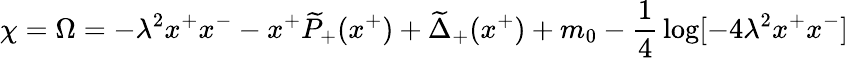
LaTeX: \chi=\Omega=-\lambda^{2}x^{+}x^{-}-x^{+}\widetilde{P}_{+}(x^{+})+\widetilde{\Delta}_{+}(x^{+})+m_{0}-{\frac{1}{4}}\log[-4\lambda^{2}x^{+}x^{-}]